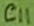
Text: C11